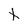
Character: t